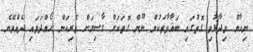
ނިހާން ވިދާޅުވި ގޮތުގައި ބަޣާވާތަކުން ނޫން ގޮތަކަށް ގާސިމަށް ވެރިކަން ހޯއްދަވައި ދެއްވޭނެ